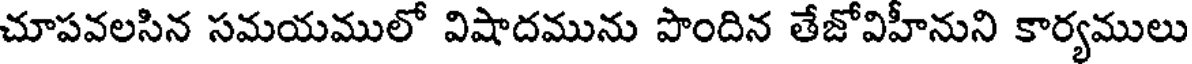
చూపవలసిన సమయములో విషాదమును పొందిన తేజోవిహీనుని కార్యములు